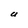
Character: U